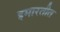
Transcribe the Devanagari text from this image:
इमारतीत